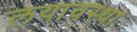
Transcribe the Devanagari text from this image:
लयावस्था